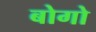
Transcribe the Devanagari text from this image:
बोगो